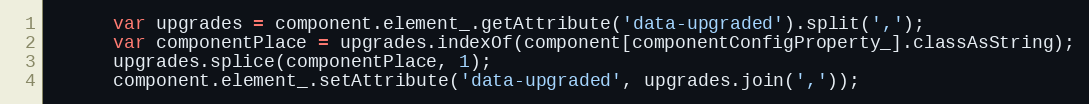
Language: JavaScript
      var upgrades = component.element_.getAttribute('data-upgraded').split(',');
      var componentPlace = upgrades.indexOf(component[componentConfigProperty_].classAsString);
      upgrades.splice(componentPlace, 1);
      component.element_.setAttribute('data-upgraded', upgrades.join(','));